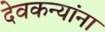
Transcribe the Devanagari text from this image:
देवकन्यांना